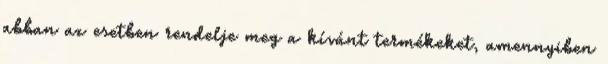
abban az esetben rendelje meg a kívánt termékeket, amennyiben